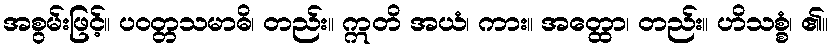
အစွမ်းဖြင့်။ ပဝတ္တသမာဓိ၊ တည်း။ ဣတိ အယံ၊ ကား။ အတ္ထော၊ တည်း။ ဟိသစ္စံ၊ ၏။